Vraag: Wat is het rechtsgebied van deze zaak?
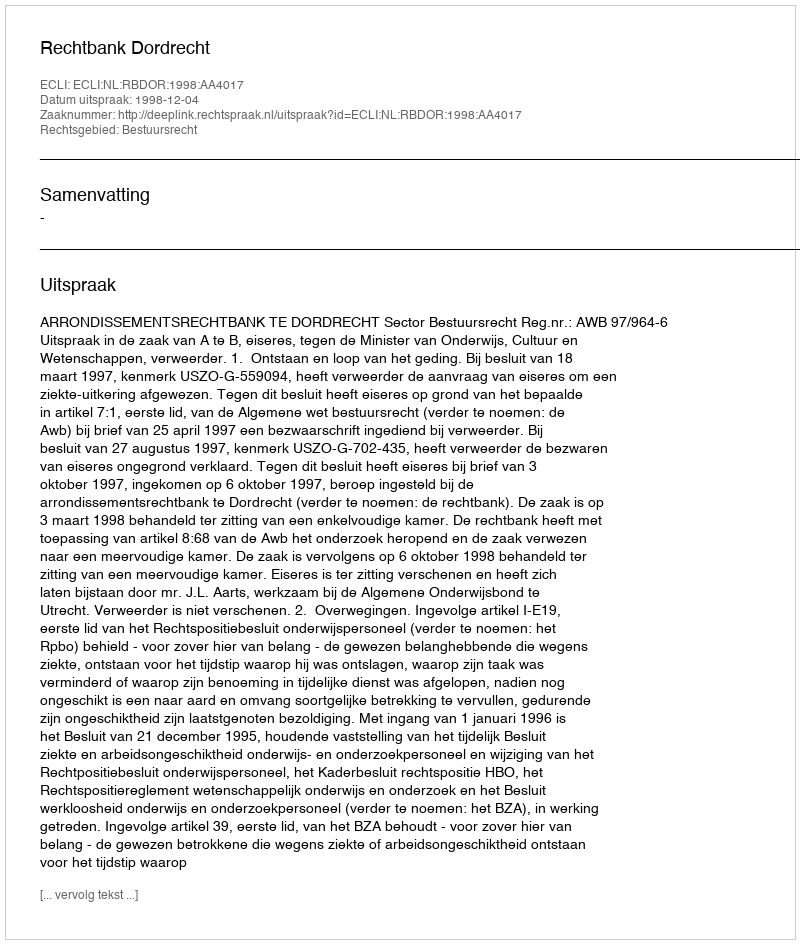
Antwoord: Bestuursrecht